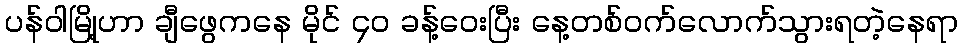
ပန်ဝါမြို့ဟာ ချီဖွေကနေ မိုင် ၄၀ ခန့်ဝေးပြီး နေ့တစ်ဝက်လောက်သွားရတဲ့နေရာ